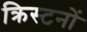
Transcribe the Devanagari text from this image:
क्रिस्टनों